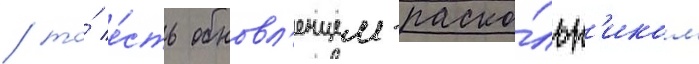
/ то́ е́сть обновл'енцем-раско́льн'иком